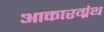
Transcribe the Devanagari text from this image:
आकारग्रंथ